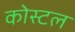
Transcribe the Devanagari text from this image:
कोस्‍टल